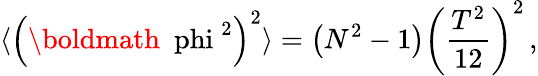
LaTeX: \langle\left(\mathrm{\boldmath~\ phi~}^{2}\right)^{2}\rangle=\left(N^{2}-1\right)\left(\frac{T^{2}}{12}\right)^{2}\, ,